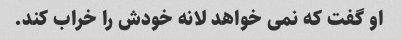
او گفت که نمی خواهد لانه خودش را خراب کند.